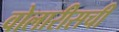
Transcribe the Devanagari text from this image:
वोलारीसची